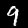
Digit: 9